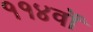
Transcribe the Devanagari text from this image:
११४वॉ